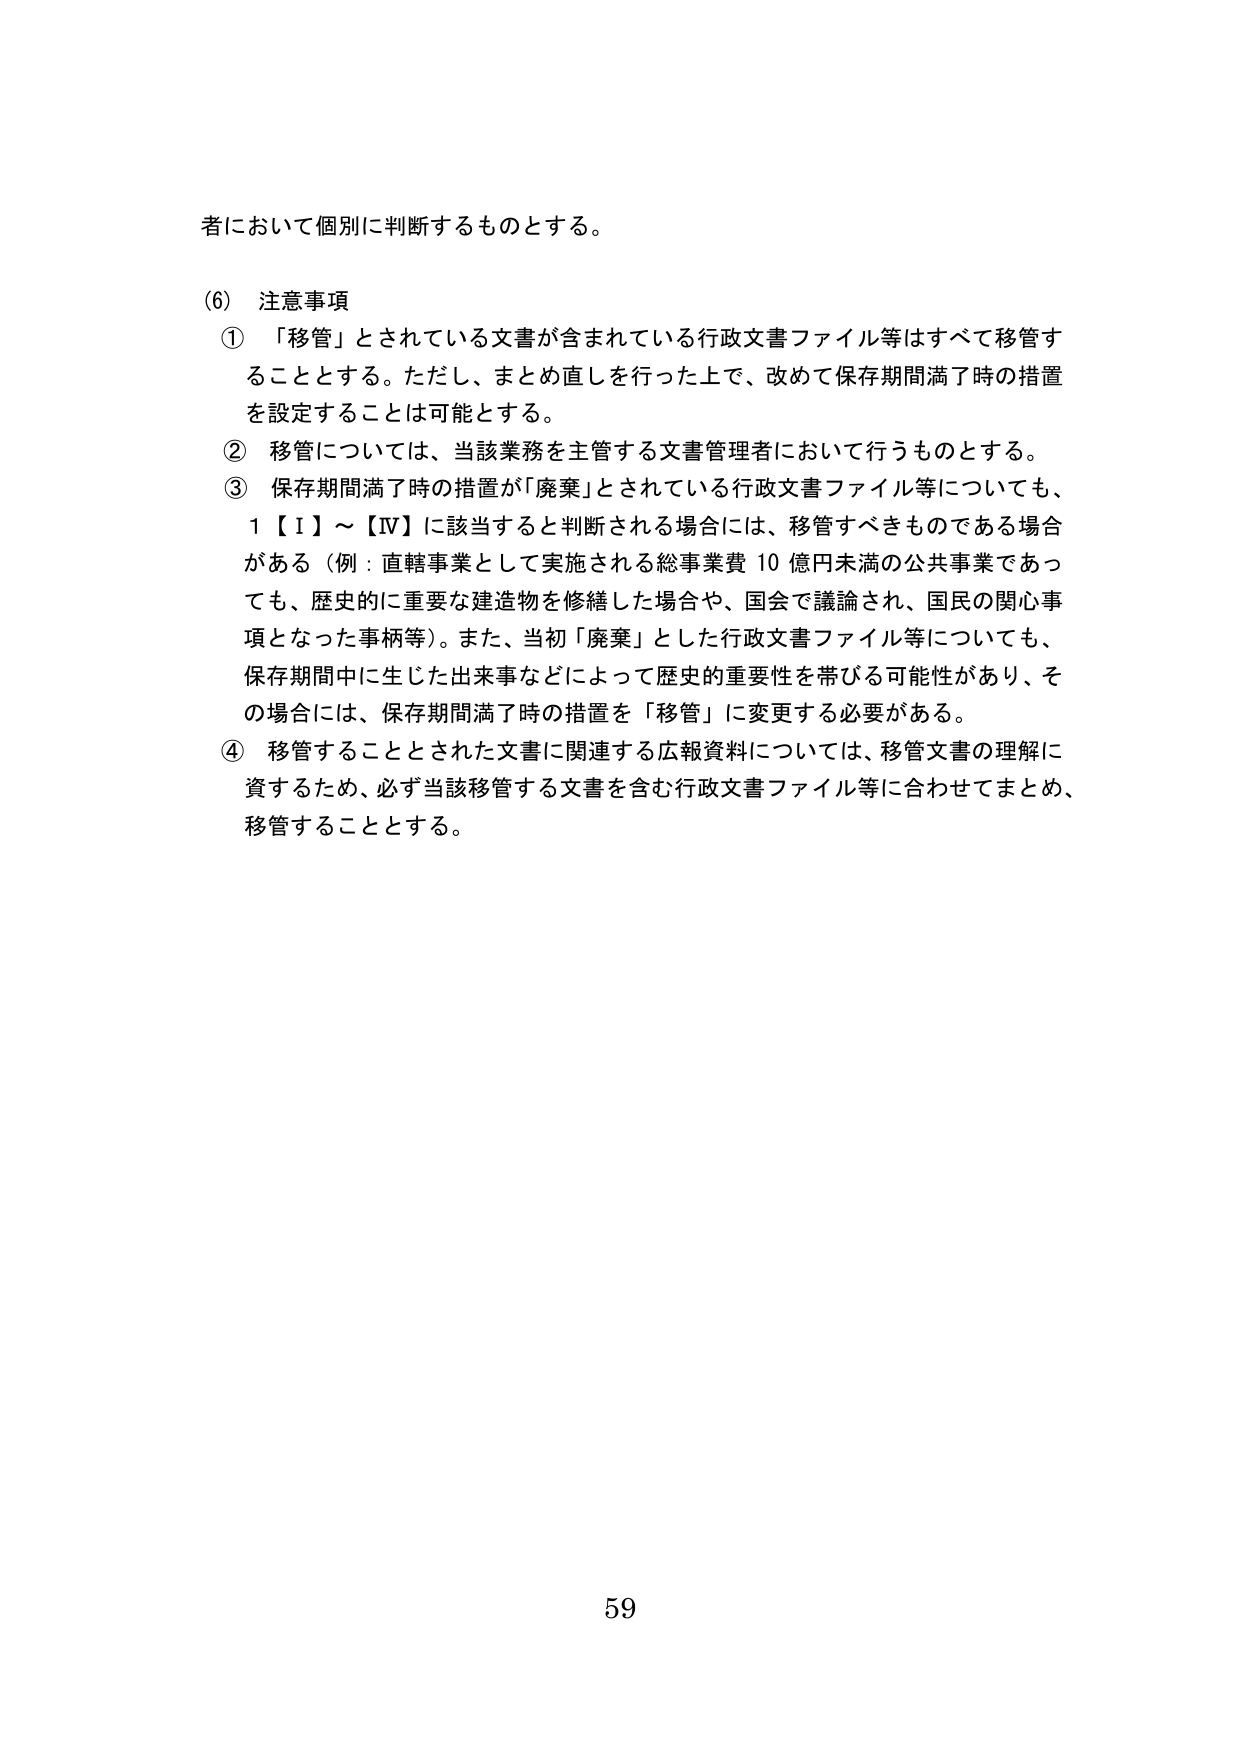
者において個別に判断するものとする。

(6) 注意事項
① 「移管」とされている文書が含まれている行政文書ファイル等はすべて移管することとする。ただし、まとめ直しを行った上で、改めて保存期間満了時の措置を設定することは可能とする。
② 移管については、当該業務を主管する文書管理者において行うものとする。
③ 保存期間満了時の措置が「廃棄」とされている行政文書ファイル等についても、1【Ⅰ】～【Ⅳ】に該当すると判断される場合には、移管すべきものである場合がある（例：直轄事業として実施される総事業費 10 億円未満の公共事業であっても、歴史的に重要な建造物を修繕した場合や、国会で議論され、国民の関心事項となった事柄等）。また、当初「廃棄」とした行政文書ファイル等についても、保存期間中に生じた出来事などによって歴史的重要性を帯びる可能性があり、その場合には、保存期間満了時の措置を「移管」に変更する必要がある。
④ 移管することとされた文書に関連する広報資料については、移管文書の理解に資するため、必ず当該移管する文書を含む行政文書ファイル等に合わせてまとめ、移管することとする。

59